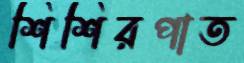
শিশিরপাত